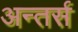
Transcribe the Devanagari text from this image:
अन्तर्स